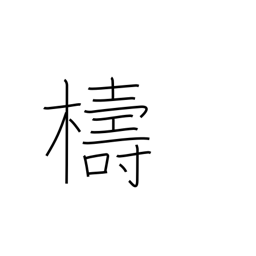
Meaning: ignorant